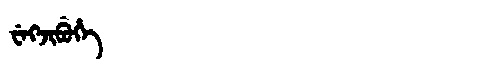
Manchu: ᠸᡝᡴᠵᡳᠪᡠᡥᡝ
Romanization: WEKJIBUHE